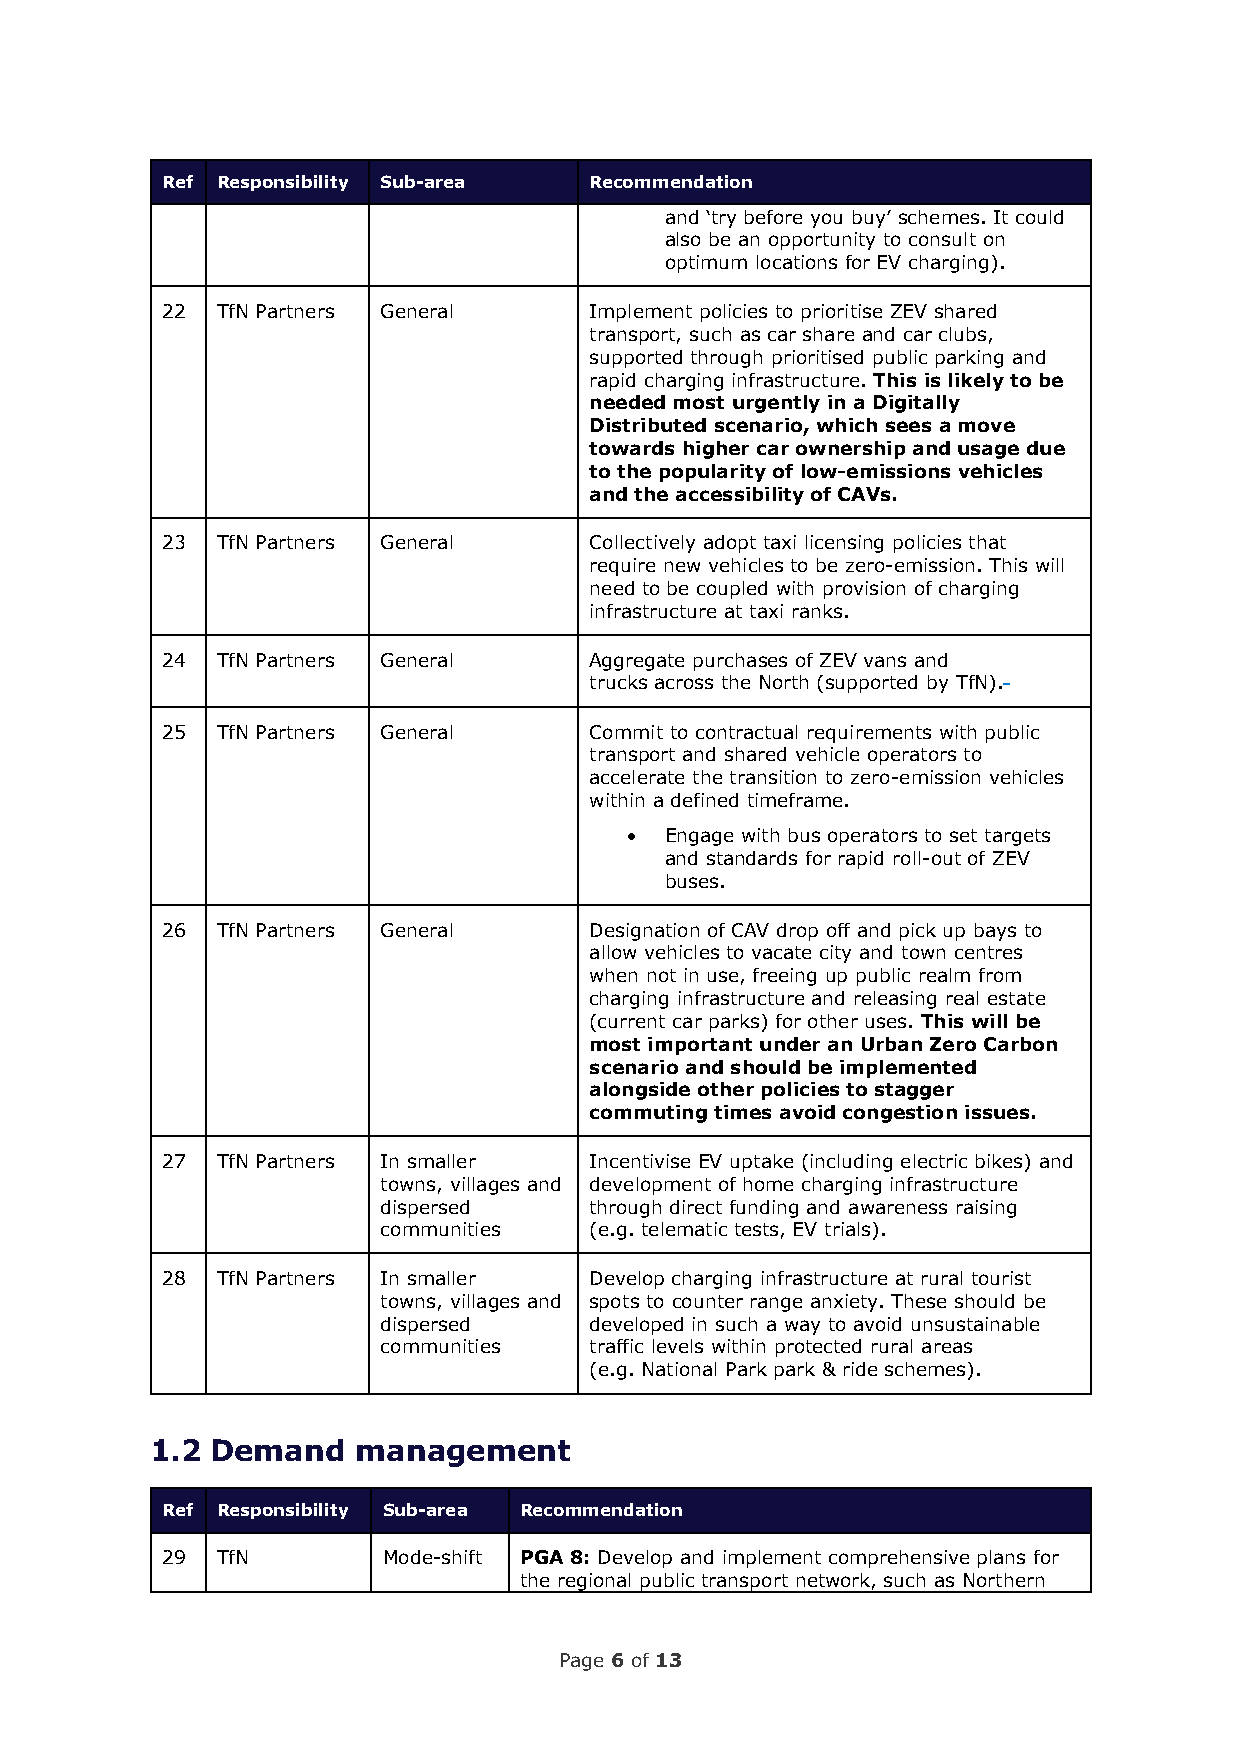
Ref Responsibility Sub-area Recommendation
 and ‘try before you buy’ schemes. It could
 also be an opportunity to consult on
 optimum locations for EV charging).
 22 TfN Partners General     Implement policies to prioritise ZEV shared
 transport, such as car share and car clubs,
 supported through prioritised public parking and
 rapid charging infrastructure. This is likely to be
 needed most urgently in a Digitally
 Distributed scenario, which sees a move
 towards higher car ownership and usage due
 to the popularity of low-emissions vehicles
 and the accessibility of CAVs.
 23 TfN Partners General     Collectively adopt taxi licensing policies that
 require new vehicles to be zero-emission. This will
 need to be coupled with provision of charging
 infrastructure at taxi ranks.
 24 TfN Partners General     Aggregate purchases of ZEV vans and
 trucks across the North (supported by TfN).
 25 TfN Partners General     Commit to contractual requirements with public
 transport and shared vehicle operators to
 accelerate the transition to zero-emission vehicles
 within a defined timeframe.
 •  Engage with bus operators to set targets
 and standards for rapid roll-out of ZEV
 buses.
 26 TfN Partners General     Designation of CAV drop off and pick up bays to
 allow vehicles to vacate city and town centres
 when not in use, freeing up public realm from
 charging infrastructure and releasing real estate
 (current car parks) for other uses. This will be
 most important under an Urban Zero Carbon
 scenario and should be implemented
 alongside other policies to stagger
 commuting times avoid congestion issues.
 27 TfN Partners In smaller  Incentivise EV uptake (including electric bikes) and
 towns, villages and development of home charging infrastructure
 dispersed     through direct funding and awareness raising
 communities   (e.g. telematic tests, EV trials).
 28 TfN Partners In smaller  Develop charging infrastructure at rural tourist
 towns, villages and spots to counter range anxiety. These should be
 dispersed     developed in such a way to avoid unsustainable
 communities   traffic levels within protected rural areas
 (e.g. National Park park & ride schemes).
 1.2 Demand    management
 Ref Responsibility Sub-area Recommendation
 29 TfN        Mode-shift PGA 8: Develop and implement comprehensive plans for
 the regional public transport network, such as Northern
 Page 6 of 13